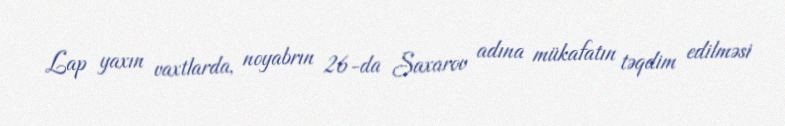
Lap yaxın vaxtlarda, noyabrın 26-da Saxarov adına mükafatın təqdim edilməsi